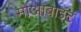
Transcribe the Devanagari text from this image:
मोआबाइट